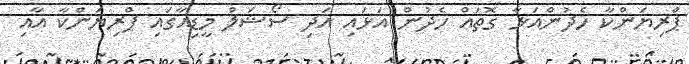
ޕްރިޔަންކާ ހެދުންއަޅާ ގޮތައް ހެދުން އަޅައި އަދި ސޯޝަލް މީޑިއާގައި ޕްރިޔަންކާ އާއި